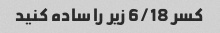
کسر 6/18 زیر را ساده کنید